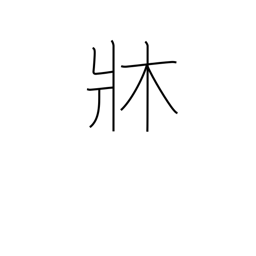
Meaning: chassis